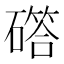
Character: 𮁇